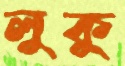
লুকু